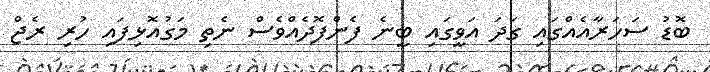
ބޮޑު ސަހަރާއެއްގައި ގަދަ އަވީގައި ބީނެ ފެންފޮދެއްވެސް ނެތި މަގުއޮޅިފައި ހުރި ރެޖް